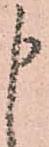
申